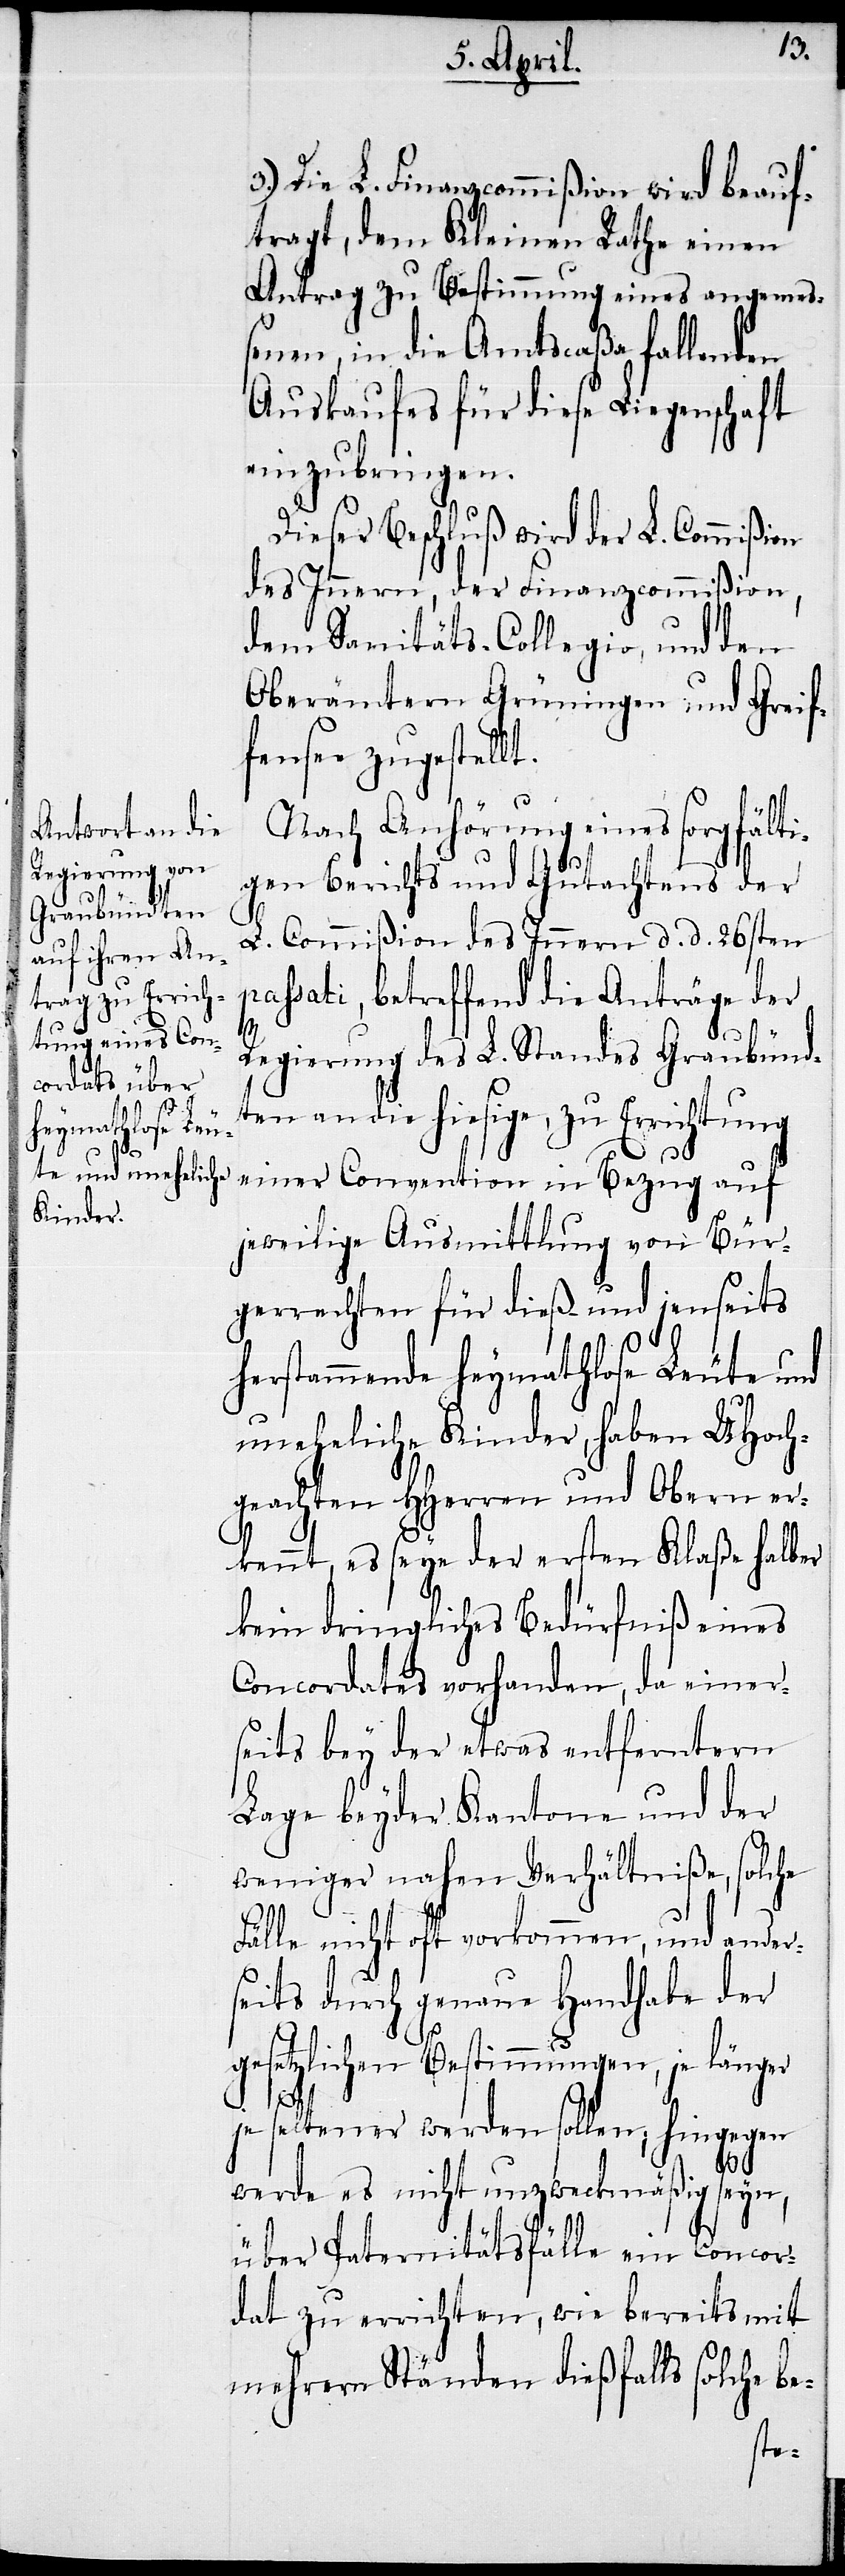
3.) Die L. Finanzcommißion wird beauf¬
tragt, dem Kleinen Rathe einen
Antrag zu Bestimmung eines angemeß¬
enen, in die Amtscaßa fallenden
Auskaufes für diese Liegenschaft
einzubringen.
Dieser Beschluß wird der L. Commißion
des Innern, der Finanzcommißion,
dem Sanitäts-Collegio, und den
Oberämtern Grüningen und Grei¬
fensee zugestellt.
Nach Anhörung eines sorgfälti¬
gen Berichts und Gutachtens der
L. Commißion des Innern d. d. 26sten
passati, betreffend die Anträge der
Regierung des L. Standes Graubünd¬
ten an die hiesige, zu Errichtung
einer Convention in Bezug auf
jeweilige Ausmittlung von Bür¬
gerrechten für dieß- und jenseits
herstammende heymathlose Leute und
uneheliche Kinder, haben UHoch¬
geachten HHerren und Obern er¬
kennt, es seye der ersten Klaße halber
kein dringliches Bedürfniß eines
Concordates vorhanden, da einer¬
seits bey der etwas entferntern
Lage beyder Kantone und der
weniger nahen Verhältniße, solche
Fälle nicht oft vorkommen, und ander¬
seits durch genaue Handhabe der
gesetzlichen Bestimmungen, je länger
je seltener werden sollen; hingegen
werde es nicht unzweckmäßig seyn,
über Paternitätsfälle ein Concor¬
dat zu errichten, wie bereits mit
mehrern Ständen dießfalls solche be-